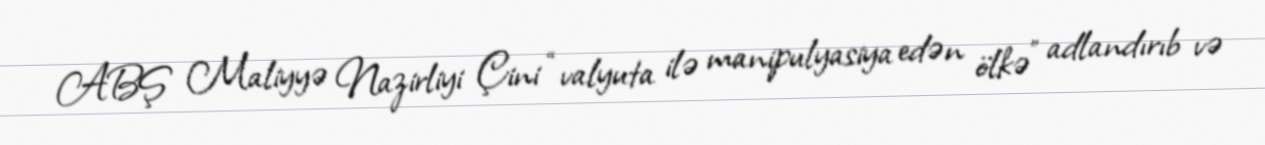
ABŞ Maliyyə Nazirliyi Çini “valyuta ilə manipulyasiya edən ölkə” adlandırıb və